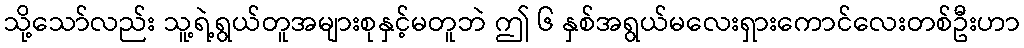
သို့သော်လည်း သူ့ရဲ့ရွယ်တူအများစုနှင့်မတူဘဲ ဤ ၆ နှစ်အရွယ်မလေးရှားကောင်လေးတစ်ဦးဟာ